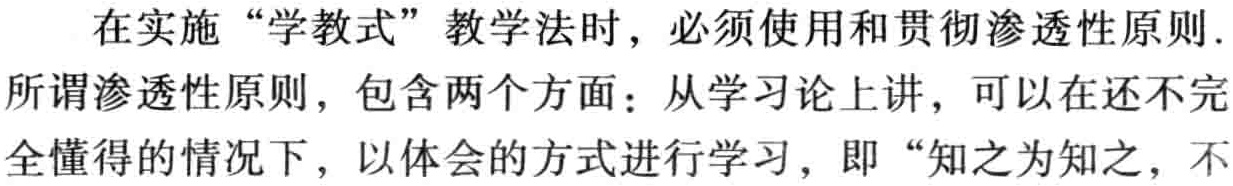
在实施“学教式”教学法时，必须使用和贯彻渗透性原则.

所谓渗透性原则，包含两个方面：从学习论上讲，可以在还不完

全懂得的情况下，以体会的方式进行学习，即“知之为知之，不